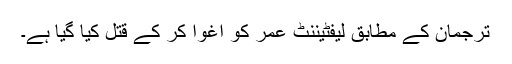
ترجمان کے مطابق لیفٹیننٹ عمر کو اغوا کر کے قتل کیا گیا ہے۔